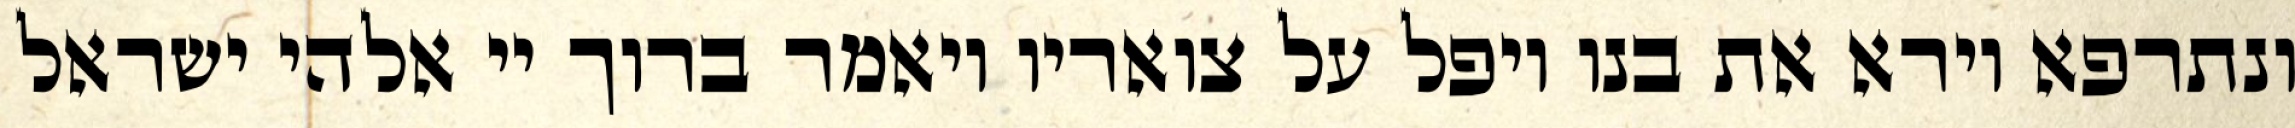
ונתרפא וירא את בנו ויפל על צואריו ויאמר ברוך יי אלהי ישראל